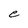
Character: e